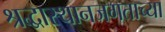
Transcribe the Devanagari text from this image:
श्रद्धास्थानजगताच्या